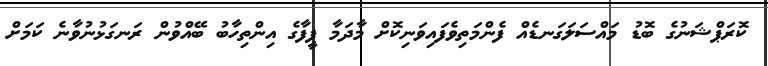
ކޮރަޕްޝަނުގެ ބޮޑު މައްސަލަގަނޑެއް ފެންމަތިވެފައިވަނިކޮށް މާދަމާ ފީފާގެ އިންތިހާބު ބޭއްވުން ރަނގަޅުނުވާނެ ކަމަށް